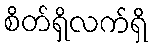
စိတ်ရှိလက်ရှိ